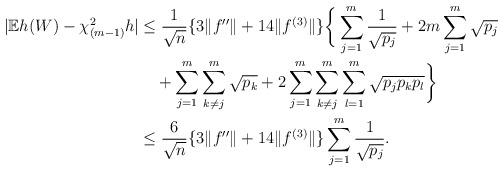
LaTeX: \begin{align*}|\mathbb{E}h(W)-\chi_{(m-1)}^2h|&\leq\frac{1}{\sqrt{n}}\{3\|f''\|+14\|f^{(3)}\|\}\bigg\{\sum_{j=1}^m\frac{1}{\sqrt{p_j}}+2m\sum_{j=1}^m\sqrt{p_j}\\&\quad+\sum_{j=1}^m\sum_{k\not=j}^m\sqrt{p_k}+2\sum_{j=1}^m\sum_{k\not=j}^m\sum_{l=1}^m\sqrt{p_jp_kp_l}\bigg\} \\&\leq\frac{6}{\sqrt{n}}\{3\|f''\|+14\|f^{(3)}\|\}\sum_{j=1}^m\frac{1}{\sqrt{p_j}}.\end{align*}